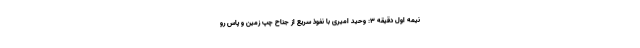
نیمه اول دقیقه ۳: وحید امیری با نفوذ سریع از جناح چپ زمین و پاس رو